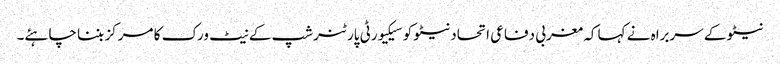
نیٹو کے سربراہ نے کہا کہ مغربی دفاعی اتحاد نیٹو کو سیکیورٹی پارٹنرشپ کے نیٹ ورک کا مرکز بننا چاہئے۔